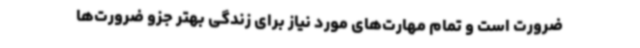
ضرورت است و تمام مهارت‌های مورد نیاز برای زندگی بهتر جزو ضرورت‌ها